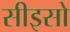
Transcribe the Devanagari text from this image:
सीइसो